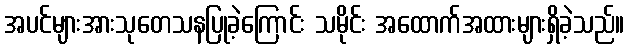
အပင်များအားသုတေသနပြုခဲ့ကြောင်း သမိုင်း အထောက်အထားများရှိခဲ့သည်။